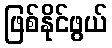
ဖြစ်နိုင်ဖွယ်